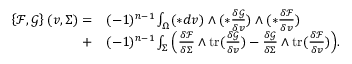
\begin{array} { r l } { \left\{ \mathcal { F } , \mathcal { G } \right\} ( v , \Sigma ) = } & { { } ( - 1 ) ^ { n - 1 } \int _ { \Omega } ( \ast d v ) \wedge ( \ast \frac { \delta \mathcal { G } } { \delta v } ) \wedge ( \ast \frac { \delta \mathcal { F } } { \delta v } ) } \\ { + } & { { } ( - 1 ) ^ { n - 1 } \int _ { \Sigma } \Big ( \frac { \delta \mathcal { F } } { \delta \Sigma } \wedge \mathrm { t r } ( \frac { \delta \mathcal { G } } { \delta v } ) - \frac { \delta \mathcal { G } } { \delta \Sigma } \wedge \mathrm { t r } ( \frac { \delta \mathcal { F } } { \delta v } ) \Big ) . } \end{array}